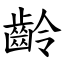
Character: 齡